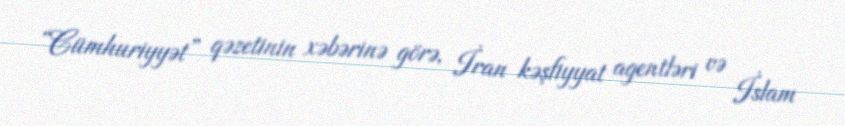
“Cümhuriyyət” qəzetinin xəbərinə görə, İran kəşfiyyat agentləri və İslam